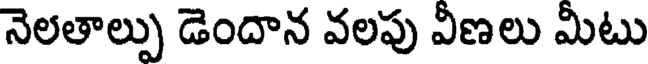
నెలతాల్పు డెందాన వలపు వీణలు మీటు